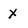
Character: X